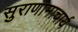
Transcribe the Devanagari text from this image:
सुराणामाचार्य